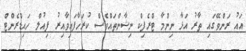
އައު ރަންވޭގައި ތާރު އަޅާ ނިންމާ ޓްރެފިކް ނިޝާންތައްވެސް ކުރަހާފައިވާއިރު ފިއުލް ހައިޑްރެންޓް